Civil Veterinary Dept. Bombay admin report 1907-1913 - 1907-1913
Year: 1907
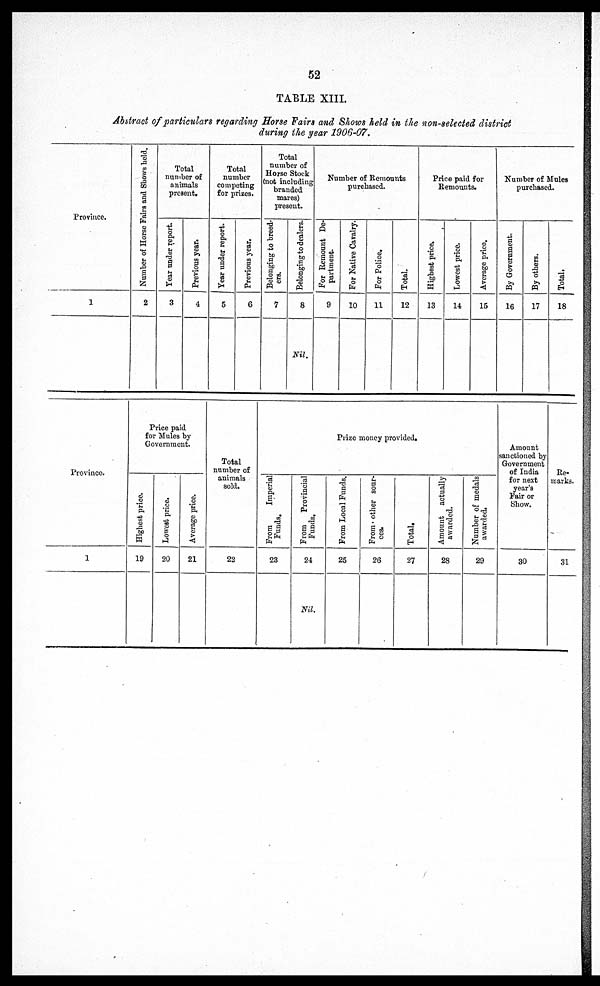
52
TABLE XIII.
Abstract of particulars regarding Horse Fairs and Shows held in the non-selected district
during the year 1906-07.
Province.
1
Number of Horse Fairs and Shows held.
2
Total
number of
animals
present.
Year under report.
3
Previous year.
4
Total
number
competing
for prizes.
Year under report.
5
Previous year.
6
Total
number of
Horse Stock
(not including
branded
mares)
present.
Belonging to breed-
ers.
7
Belonging to dealers.
8
Nil.
Number of Remounts
purchased.
For Remount De-
partment.
9
For Native Cavalry.
10
For Police,
11
Total.
12
Price paid for
Remounts.
Highest price.
13
Lowest price.
14
Average price.
15
Number of Mules
purchased.
By Government.
16
By others.
17
Total.
18
Province.
1
Price paid
for Mules by
Government.
Highest price.
19
Lowest price.
20
Average price.
21
Total
number of
animals
sold.
22
Prize money provided.
From
Imperial
Funds.
23
From Provincial
Funds.
24
Nil.
From Local Funds.
25
From other sour-
ces.
26
Total.
27
Amount actually
awarded.
28
Number of medals
awarded.
29
Amount
sanctioned by
Government
of India
for next
year's
Fair or
Show.
30
Re-
marks.
31